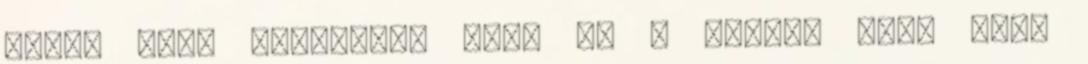
előtt kell tartanod, hogy ez a nagyon erős szín